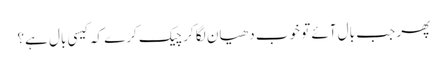
پھر جب بال آئے تو خوب دھیان لگا کر چیک کرے کہ کیسی بال ہے؟